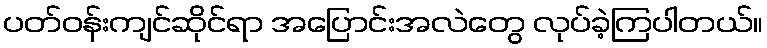
ပတ်ဝန်းကျင်ဆိုင်ရာ အပြောင်းအလဲတွေ လုပ်ခဲ့ကြပါတယ်။